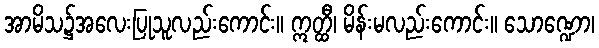
အာမိသ၌အလေးပြုသူလည်းကောင်း။ ဣတ္ထီ၊ မိန်းမလည်းကောင်း။ သောဏ္ဍော၊